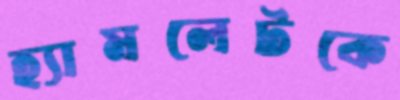
হ্যামলেটকে